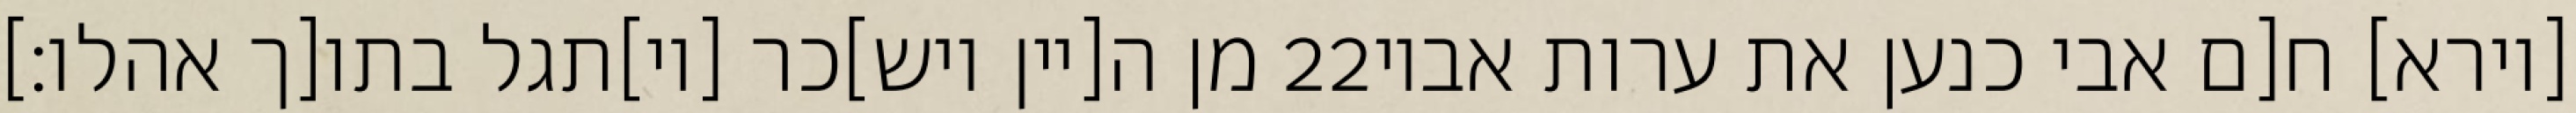
מן ה[יין ויש]כר [וי]תגל בתו[ך אהלו׃] ‎22‏ [וירא] ח[ם אבי כנען את ערות אביו